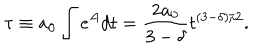
\tau \equiv a _ { 0 } \int e ^ { A } d t = \frac { 2 a _ { 0 } } { 3 - \delta } t ^ { ( 3 - \delta ) / 2 } .